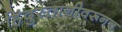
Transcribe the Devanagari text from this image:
हिंदुस्तानीवरूनच